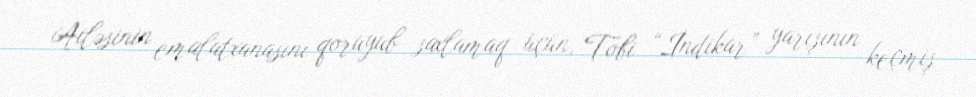
Ailəsinin emalatxanasını qoruyub saxlamaq üçün, Tobi “İndikar” yarışının keçmiş